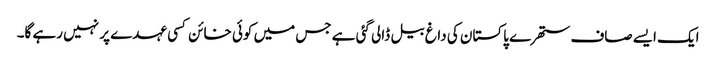
ایک ایسے صاف ستھرے پاکستان کی داغ بیل ڈالی گئی ہے جس میں کوئی خائن کسی عہدے پر نہیں رہے گا۔